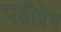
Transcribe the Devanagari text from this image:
पत्नीप्रेम